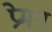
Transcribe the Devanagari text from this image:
प्रेमन